Problem: 40 + 79 = ?
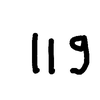
Handwritten answer: 119